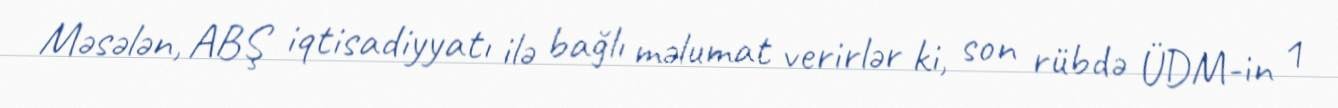
Məsələn, ABŞ iqtisadiyyatı ilə bağlı məlumat verirlər ki, son rübdə ÜDM-in 1